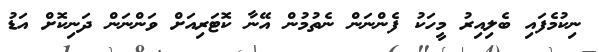
ނިކުމެފައި ބެލިއިރު މީހަކު ފެންނަން ނެތުމުން އޭނާ ކޮޓަރިއަށް ވަންނަން ދަނިކޮށް އަޑު